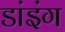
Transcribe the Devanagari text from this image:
डांइंग